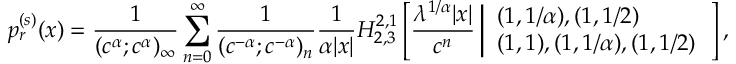
p _ { r } ^ { ( s ) } ( x ) = \frac { 1 } { ( c ^ { \alpha } ; c ^ { \alpha } ) _ { \infty } } \sum _ { n = 0 } ^ { \infty } \frac { 1 } { ( c ^ { - \alpha } ; c ^ { - \alpha } ) _ { n } } \frac { 1 } { \alpha | x | } H _ { 2 , 3 } ^ { 2 , 1 } \left[ \frac { \lambda ^ { 1 / \alpha } | x | } { c ^ { n } } \left| \begin{array} { l l } { ( 1 , 1 / \alpha ) , ( 1 , 1 / 2 ) } \\ { ( 1 , 1 ) , ( 1 , 1 / \alpha ) , ( 1 , 1 / 2 ) } \end{array} \right. \right] ,